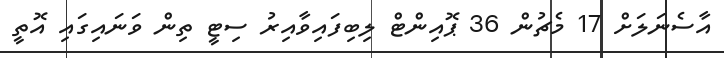
އާސެނަލަށް 17 މެޗުން 36 ޕޮއިންޓް ލިބިފައިވާއިރު ސިޓީ ތިން ވަނައިގައި އޮތީ